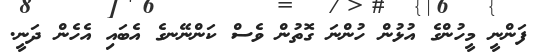
ފަންނީ މީހުންގެ އުޅުން ހުންނަ ގޮތުން ވެސް ކަންނޭނގެ އެބައި އެހެން ދަނީ.